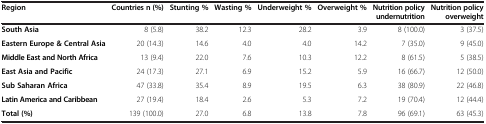
<table><thead><tr><td><b>Region</b></td><td><b>Countries n (%)</b></td><td><b>Stunting %</b></td><td><b>Wasting %</b></td><td><b>Underweight %</b></td><td><b>Overweight %</b></td><td><b>Nutrition policy undernutrition</b></td><td><b>Nutrition policy overweight</b></td></tr></thead><tbody><tr><td><b>South Asia</b></td><td>8 (5.8)</td><td>38.2</td><td>12.3</td><td>28.2</td><td>3.9</td><td>8 (100.0)</td><td>3 (37.5)</td></tr><tr><td><b>Eastern Europe &amp; Central Asia</b></td><td>20 (14.3)</td><td>14.6</td><td>4.0</td><td>4.0</td><td>14.2</td><td>7 (35.0)</td><td>9 (45.0)</td></tr><tr><td><b>Middle East and North Africa</b></td><td>13 (9.4)</td><td>22.0</td><td>7.6</td><td>10.3</td><td>12.2</td><td>8 (61.5)</td><td>5 (38.5)</td></tr><tr><td><b>East Asia and Pacific</b></td><td>24 (17.3)</td><td>27.1</td><td>6.9</td><td>15.2</td><td>5.9</td><td>16 (66.7)</td><td>12 (50.0)</td></tr><tr><td><b>Sub Saharan Africa</b></td><td>47 (33.8)</td><td>35.4</td><td>8.9</td><td>19.5</td><td>6.3</td><td>38 (80.9)</td><td>22 (46.8)</td></tr><tr><td><b>Latin America and Caribbean</b></td><td>27 (19.4)</td><td>18.4</td><td>2.6</td><td>5.3</td><td>7.2</td><td>19 (70.4)</td><td>12 (44.4)</td></tr><tr><td><b>Total (%)</b></td><td>139 (100.0)</td><td>27.0</td><td>6.8</td><td>13.8</td><td>7.8</td><td>96 (69.1)</td><td>63 (45.3)</td></tr></tbody></table>